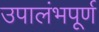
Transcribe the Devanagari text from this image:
उपालंभपूर्ण